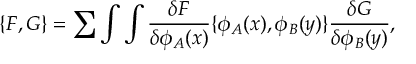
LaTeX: \{ F , G \} = \sum \int \int { \frac { \delta F } { \delta \phi _ { A } ( x ) } } \{ \phi _ { A } ( x ) , \phi _ { B } ( y ) \} { \frac { \delta G } { \delta \phi _ { B } ( y ) } } ,